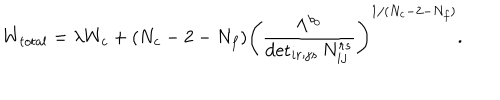
W _ { t o t a l } = \lambda W _ { c } + ( { N _ { c } - 2 - N _ { f } } ) \left( \frac { \Lambda ^ { b _ { 0 } } } { \det _ { i r ; j s } N _ { i j } ^ { r s } } \right) ^ { 1 / ( N _ { c } - 2 - N _ { f } ) } .